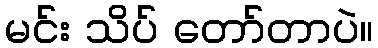
မင်း သိပ် တော်တာပဲ။